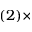
( 2 ) \times